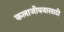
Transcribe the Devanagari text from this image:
कलाजीवनासाठी